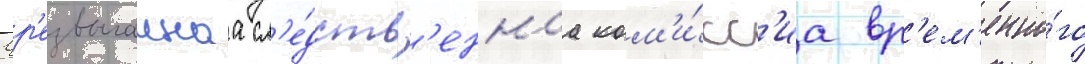
Чр'езвычаинаа сл'е́дств'еннаа ком'и́сс'иа вр'ем'енно́го